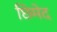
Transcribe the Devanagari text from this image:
छिमेद